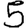
Digit: 5